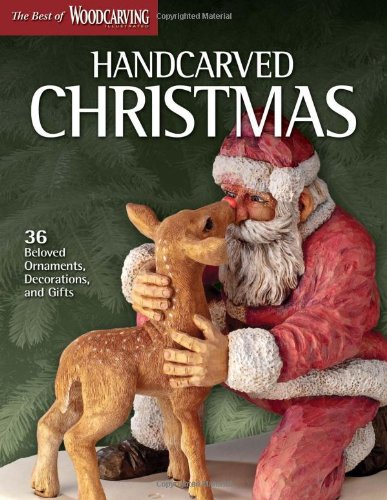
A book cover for Handcarved Christmas (Best of WCI): 36 Beloved Ornaments, Decorations, and Gifts (Best of Woodcarving); WCI Editors; Crafts, Hobbies & Home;